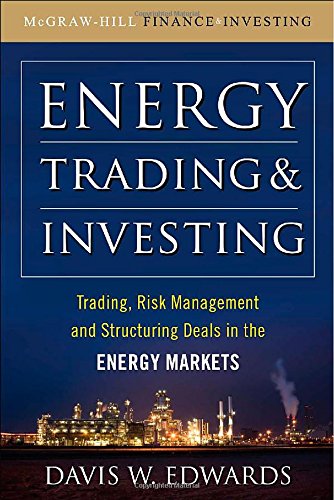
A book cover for Energy Trading and Investing: Trading, Risk Management and Structuring Deals in the Energy Market; Davis Edwards; Business & Money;